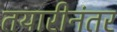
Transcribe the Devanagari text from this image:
तयारीनंतर